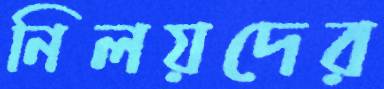
নিলয়দের